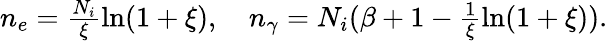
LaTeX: \begin{array}{r}{n_{e}=\frac{N_{i}}{\xi}\ln(1+\xi),\quad n_{\gamma}=N_{i}(\beta+1-\frac{1}{\xi}\ln(1+\xi)).}\end{array}